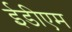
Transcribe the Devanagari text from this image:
ईडीएम